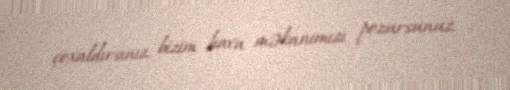
çoxaldırsınız, bizim hava məkanımızı pozursunuz.